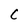
Character: C